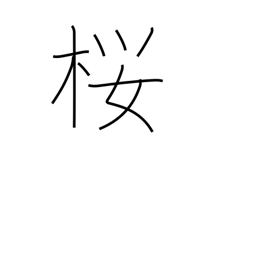
Meaning: cherry